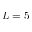
L = 5